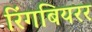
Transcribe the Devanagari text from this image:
रिंगबियरर